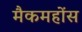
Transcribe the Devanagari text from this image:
मैकमहोंस